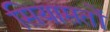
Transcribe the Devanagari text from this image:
सियासतों